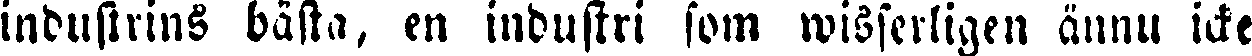
industrins bästa, en industri som wisserligen ännu icke